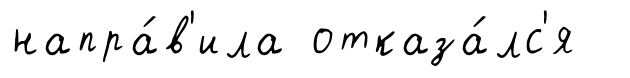
напра́в'ила отказа́лс'я